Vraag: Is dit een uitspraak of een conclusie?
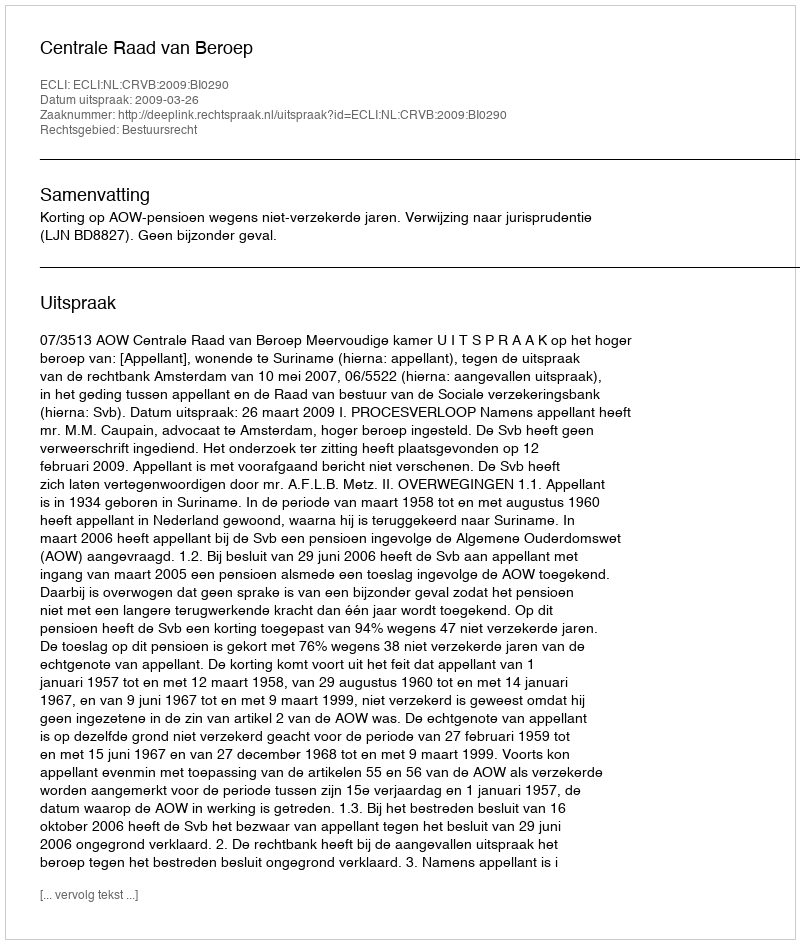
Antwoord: Uitspraak